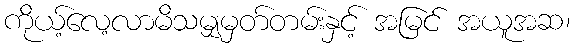
ကိုယ့်လေ့လာမိသမျှမှတ်တမ်းနှင့် အမြင် အယူအဆ၊